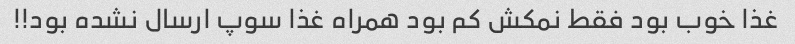
غذا خوب بود فقط نمکش کم بود همراه غذا سوپ ارسال نشده بود!!